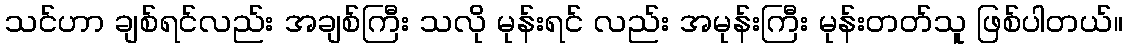
သင်ဟာ ချစ်ရင်လည်း အချစ်ကြီး သလို မုန်းရင် လည်း အမုန်းကြီး မုန်းတတ်သူ ဖြစ်ပါတယ်။